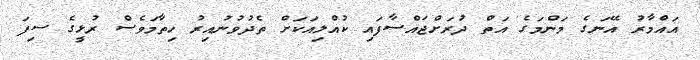
އައްމާރު އޭނަގެ މަންމަގެ އަތް ދުރަށްޖައްސާފައި ކުއްލިއަކަށް ތެދުވުނުއިރު ހިތާމަވެސް ރުޅީގެ ސިފަ